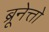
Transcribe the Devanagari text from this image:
ब्रूनेत्तो